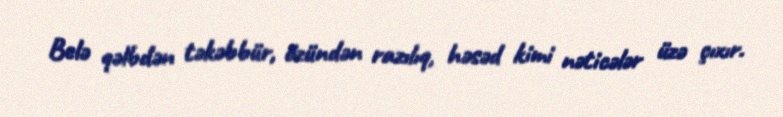
Belə qəlbdən təkəbbür, özündən razılıq, həsəd kimi nəticələr üzə çıxır.